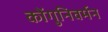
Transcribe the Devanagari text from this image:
कोंगुनिवर्मन